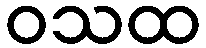
ဝသထ